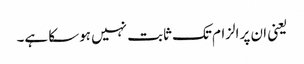
یعنی ان پر الزام تک ثابت نہیں ہوسکا ہے۔